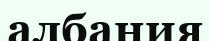
албания